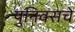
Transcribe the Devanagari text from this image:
युनिक्सचे